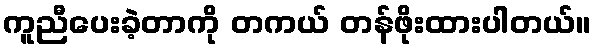
ကူညီပေးခဲ့တာကို တကယ် တန်ဖိုးထားပါတယ်။